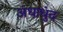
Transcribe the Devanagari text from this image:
अंधाधुंद